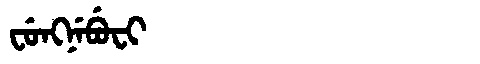
Manchu: ᠸᡠᠩᠨᡝᠪᡠᠸᡳ
Romanization: FUNGNEBUFI